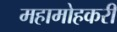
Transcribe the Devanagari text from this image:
महामोहकरी